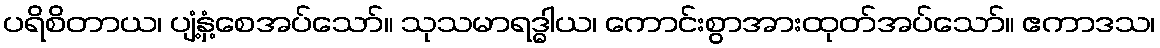
ပရိစိတာယ၊ ပျံ့နှံ့စေအပ်သော်။ သုသမာရဒ္ဓါယ၊ ကောင်းစွာအားထုတ်အပ်သော်။ ဧကာဒသ၊